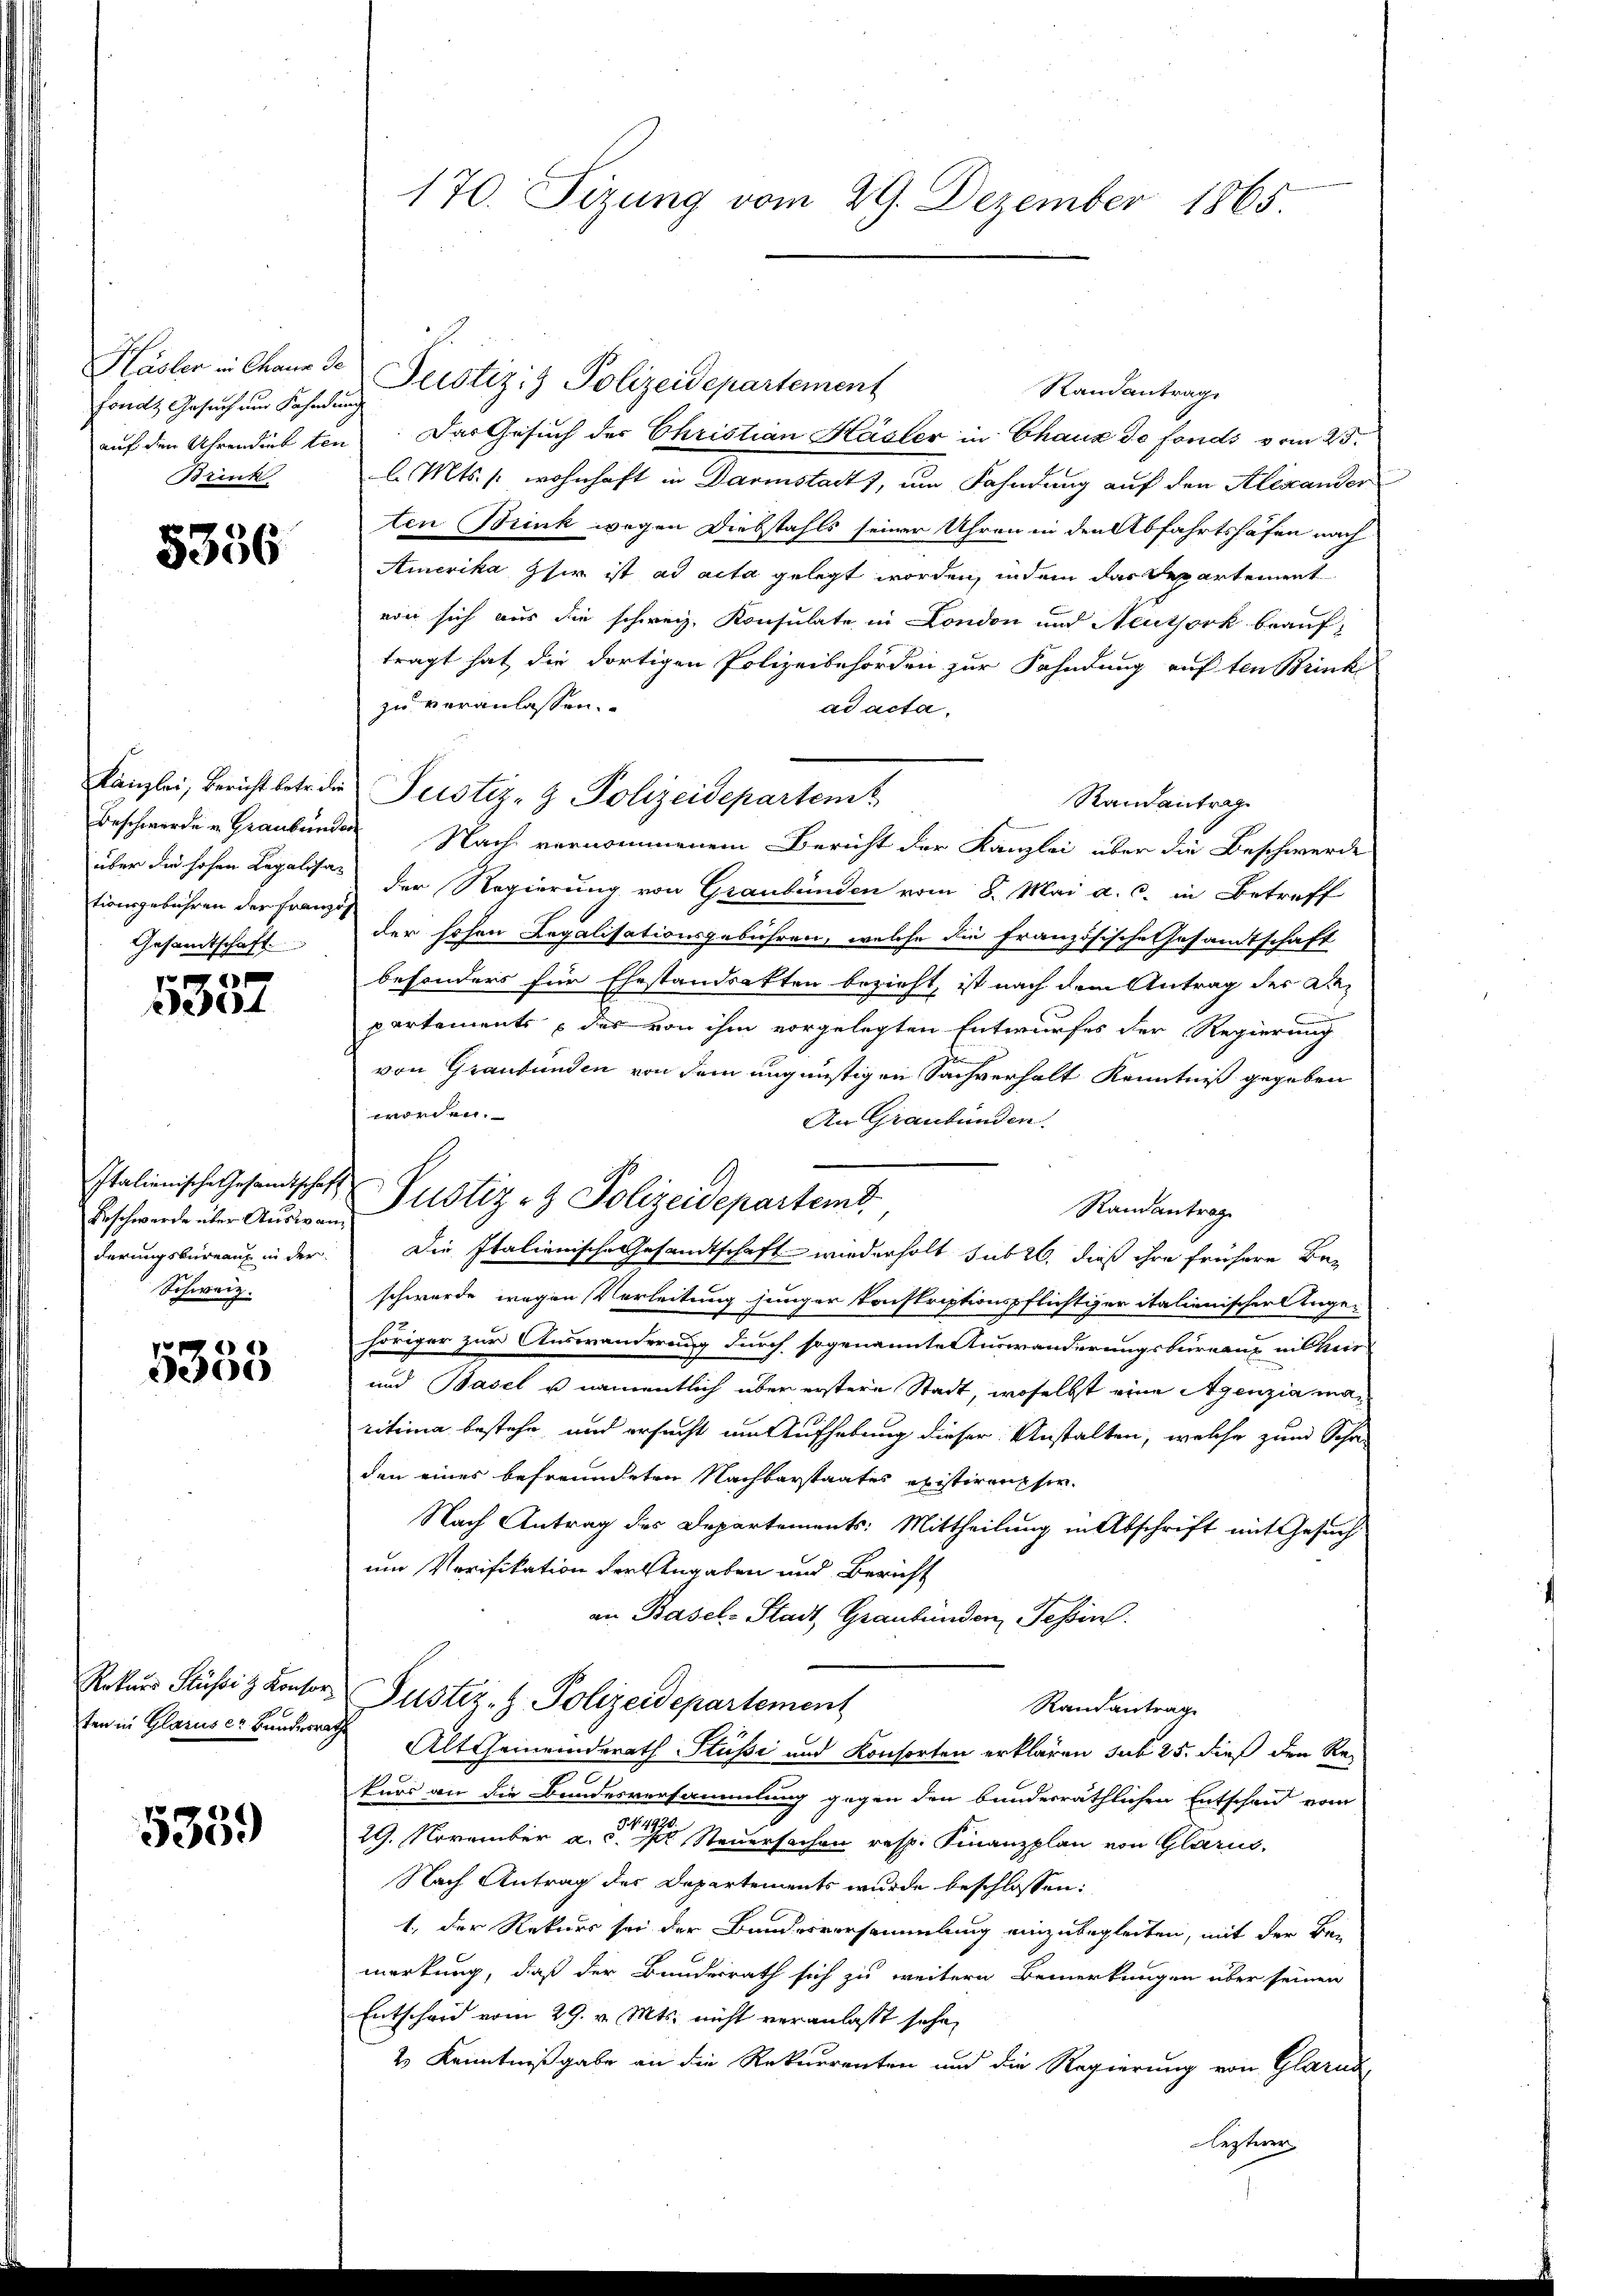
Fonds Gesuch und Fahndung
Brink

5356

tionsgebühren der Franzos
Gesandtschaft

e
3357

Beschwerde über Auswan¬
Schweiz.

e
00

5359

Kasler in Chann de Peistiz & Polizeidepartement
Randantrag
auf den Uhrendiebten. Das Gesuch der Christian Hasler in Chaux de fonds vom 25.
l. Mts. /: wohnhaft in Darmstadt, um Fahndung auf den Alexander
ten Brink wegen Diebstahls seiner Uhren in den Abfahrtshöfen nach
Amerika, sie ist ad acta gelegt worden, indem das Departement
von sich aus die schweiz. Konsulate in London und Neuthork beauftragt hat die dortigen Polizeibehörden zur Fahndung auf ten Brink
zu veranlassen.
ad acta.
Kanzlei, Bericht betr. die Justiz- & Polizeidepartent
Randantrag
Beschwerde u. Graubünden Nach vernommenem Bericht der Kanzlei über die Beschwerde
über die hohen Legalisa der Regierung von Graubünden vom 8. Mai a. c. in Betreff
der hohen Legalisationsgebühren, welche die Französische Gesandtschaft
besonders für Ehestandsakten bezieht, ist nach dem Antrag der An-
partements des von ihm vorgelegten Entwurfes der Regierung
von Graubünden von dem ungünstigen Sachverhalt Kenntniß gegeben
worden.
An Graubünden.
Randantrag
derungsbureaux in der Die Italienische Gesandtschaft wiederholt sub 26, dieß ihre frühere Be-
schwerde wegen Verleitung junger Konstriptionspflichtiger italienischer Tage-
höriger zur Auswanderung durch sogenannte Auswanderungsbureaux inter
und Basel u. namentlich über erstere Stadt, woselbst eine Agenzia maritima bestehe, und ersucht um Aufhebung dieser Anstalten, welche zum Schr
den eines befreundeten Nachbarstaates existiren sie
Nach Antrag des Departements: Mittheilung in Abschrift mit Gesuch
um Verifikation der Angaben und Bericht
an Basel-Stadt, Graubünden Tessin.
Rekurs Flüssig Kontor Justiz- & Polizeidepartement
Randantrag
ten in Glaruser Bunderrath Alt-Gemeinderath Stüßi und Konsorten erklären sub 25. dieß den Re-
kurs an die Bundesversammlung gegen den bunderräthlichen Entscheid vom
29. November a.               Steuersachen resp. Finanzplan von Glarus,
Nach Antrag des Departements wurde beschlossen:
1., der Rekurs sei der Bundesversammlung einzubegleiten, mit der Bemerkung, daß der Bundesrath sich zu weitern Bemerkungen über seinen
Entscheid vom 29. v. Mts. nicht veranlasst sehe,
2 Kenntnißgabe an die Rekurrenten und die Regierung von Glarus,
Lezteren

170. Sizung vom 29. Dezember 1865.

Italienische Gesandtschaft Justiz & Polizeidepartemb